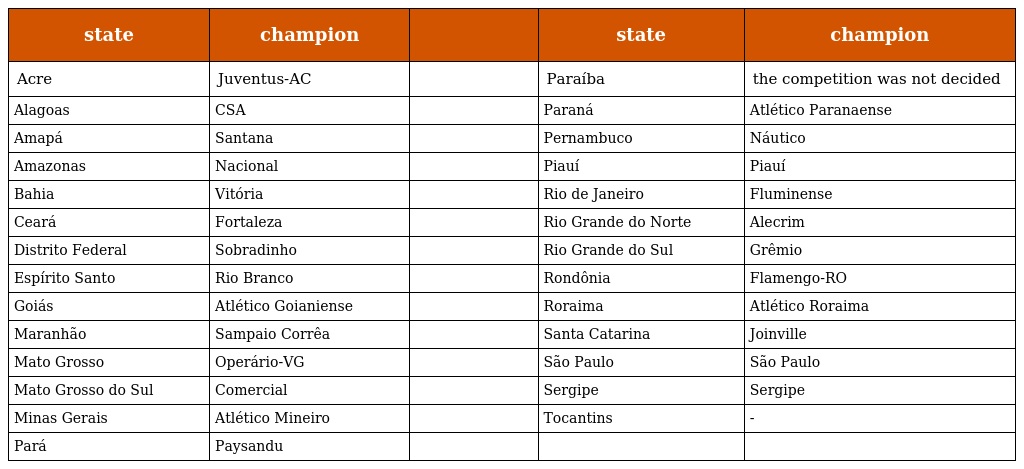
| state | champion |  | state | champion |
 | --- | --- | --- | --- | --- |
 | Acre | Juventus-AC |  | Paraíba | the competition was not decided |
 | Alagoas | CSA |  | Paraná | Atlético Paranaense |
 | Amapá | Santana |  | Pernambuco | Náutico |
 | Amazonas | Nacional |  | Piauí | Piauí |
 | Bahia | Vitória |  | Rio de Janeiro | Fluminense |
 | Ceará | Fortaleza |  | Rio Grande do Norte | Alecrim |
 | Distrito Federal | Sobradinho |  | Rio Grande do Sul | Grêmio |
 | Espírito Santo | Rio Branco |  | Rondônia | Flamengo-RO |
 | Goiás | Atlético Goianiense |  | Roraima | Atlético Roraima |
 | Maranhão | Sampaio Corrêa |  | Santa Catarina | Joinville |
 | Mato Grosso | Operário-VG |  | São Paulo | São Paulo |
 | Mato Grosso do Sul | Comercial |  | Sergipe | Sergipe |
 | Minas Gerais | Atlético Mineiro |  | Tocantins | - |
 | Pará | Paysandu |  |  |  |